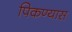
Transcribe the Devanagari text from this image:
पिकण्यास